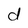
Character: d